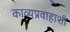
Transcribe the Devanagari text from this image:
काव्यप्रवाहाशी